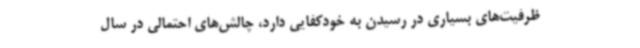
ظرفیت‌های بسیاری در رسیدن به خودکفایی دارد، چالش‌های احتمالی در سال